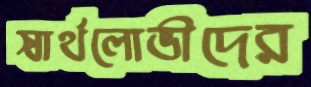
স্বার্থলোভীদের